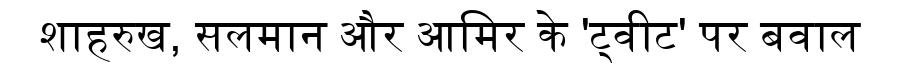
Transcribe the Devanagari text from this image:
शाहरुख, सलमान और आमिर के 'ट्वीट' पर बवाल